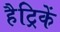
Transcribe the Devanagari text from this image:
हैट्रिकें